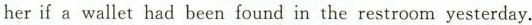
her if a wallet had been found in the restroom yesterday.